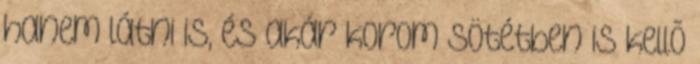
hanem látni is, és akár korom sötétben is kellõ